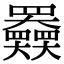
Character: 𡚤